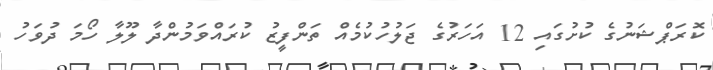
ކޮރަޕްޝަނުގެ ކުށުގައި 12 އަހަރުގެ ޖަލުހުކުމެއް ތަންފީޒު ކުރައްވަމުންދާ ލޫލާ ހޯމަ ދުވަހު